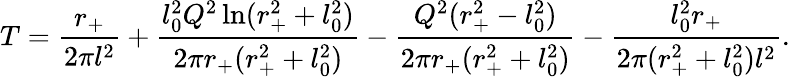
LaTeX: T=\frac{r_{+}}{2\pi l^{2}}+\frac{l_{0}^{2}Q^{2}\ln(r_{+}^{2}+l_{0}^{2})}{2\pi r_{+}(r_{+}^{2}+l_{0}^{2})}-\frac{Q^{2}(r_{+}^{2}-l_{0}^{2})}{2\pi r_{+}(r_{+}^{2}+l_{0}^{2})}-\frac{l_{0}^{2}r_{+}}{2\pi(r_{+}^{2}+l_{0}^{2})l^{2}}.